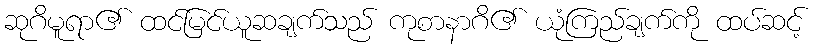
ဆုဂိမူရာ၏ ထင်မြင်ယူဆချက်သည် ကုစာနာဂိ၏ ယုံကြည်ချက်ကို ထပ်ဆင့်